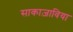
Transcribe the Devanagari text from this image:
साकाज़ाविया